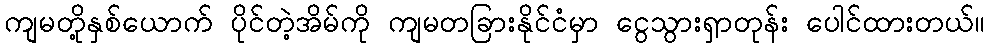
ကျမတို့နှစ်ယောက် ပိုင်တဲ့အိမ်ကို ကျမတခြားနိုင်ငံမှာ ငွေသွားရှာတုန်း ပေါင်ထားတယ်။